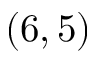
( 6 , 5 )